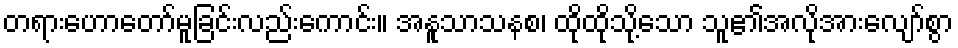
တရားဟောတော်မူခြင်းလည်းကောင်း။ အနူသာသနစ၊ ထိုထိုသို့သော သူ၏အလိုအားလျော်စွာ